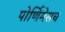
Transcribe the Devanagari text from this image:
पोर्णिमेसच